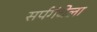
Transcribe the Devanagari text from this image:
सर्पगंधेला